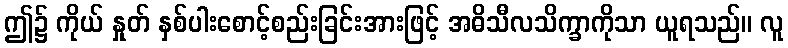
ဤ၌ ကိုယ် နှုတ် နှစ်ပါးစောင့်စည်းခြင်းအားဖြင့် အဓိသီလသိက္ခာကိုသာ ယူရသည်။ လူ